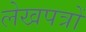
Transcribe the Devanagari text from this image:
लेखपत्रों